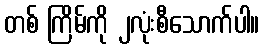
တစ် ကြိမ်ကို ၂လုံးစီသောက်ပါ။